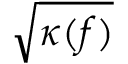
\sqrt { \kappa ( f ) }